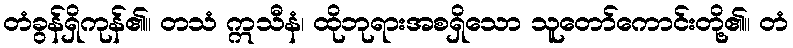
တံခွန်ရှိကုန်၏။ တသံ ဣသီနံ၊ ထိုဘုရားအစရှိသော သူတော်ကောင်းတို့၏။ တံ